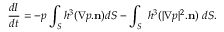
\frac { d I } { d t } = - p \int _ { S } h ^ { 3 } ( \nabla p . \mathbf { n } ) d S - \int _ { S } \ h ^ { 3 } ( | \nabla p | ^ { 2 } . \mathbf { n } ) \ d S .